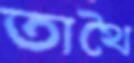
তাথৈ